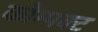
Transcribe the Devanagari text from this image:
कोम्पक्ट